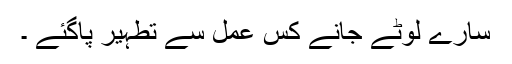
سارے لوٹے جانے کس عمل سے تطہیر پاگئے ۔